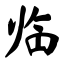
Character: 临